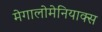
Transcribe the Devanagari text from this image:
मेगालोमेनियाक्स